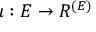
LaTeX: \iota : E \to R ^ { ( E ) }